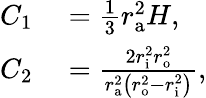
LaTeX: \begin{array}{rl}{C_{1}}&{{}={\frac{1}{3}}r_{\mathrm{a}}^{2}H,}\\ {C_{2}}&{{}={\frac{2r_{\mathrm{i}}^{2}r_{\mathrm{o}}^{2}}{r_{\mathrm{a}}^{2}\left(r_{\mathrm{o}}^{2}-r_{\mathrm{i}}^{2}\right)}},}\end{array}